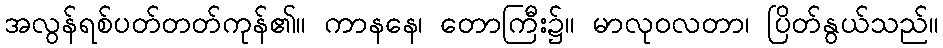
အလွန်ရစ်ပတ်တတ်ကုန်၏။ ကာနနေ၊ တောကြီး၌။ မာလုဝလတာ၊ ပြိတ်နွယ်သည်။